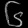
Digit: ၆